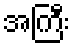
အကြီး